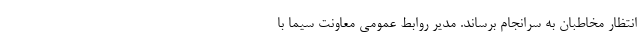
انتظار مخاطبان به سرانجام برساند. مدیر روابط عمومی معاونت سیما با